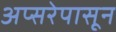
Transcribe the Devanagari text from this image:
अप्सरेपासून